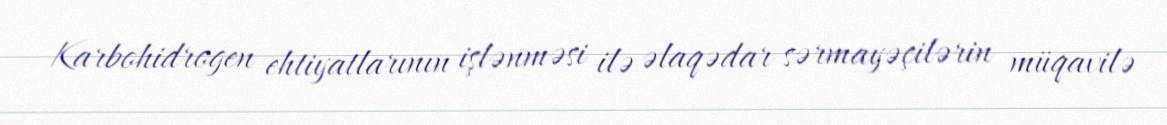
Karbohidrogen ehtiyatlarının işlənməsi ilə əlaqədar sərmayəçilərin müqavilə